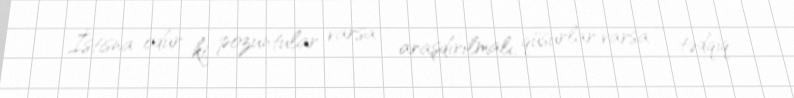
İstisna odur ki, pozuntular varsa - araşdırılmalı, qüsurlar varsa – tədqiq